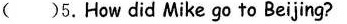
( ) 5. How did Mike go to Beijing?